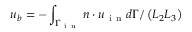
u _ { b } = - \int _ { \Gamma _ { \mathrm { ~ i ~ n ~ } } } \boldsymbol { n } \cdot \boldsymbol { u } _ { \mathrm { ~ i ~ n ~ } } d \Gamma / \left( L _ { 2 } L _ { 3 } \right)